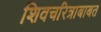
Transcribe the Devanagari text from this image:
शिवचरित्राबाबत